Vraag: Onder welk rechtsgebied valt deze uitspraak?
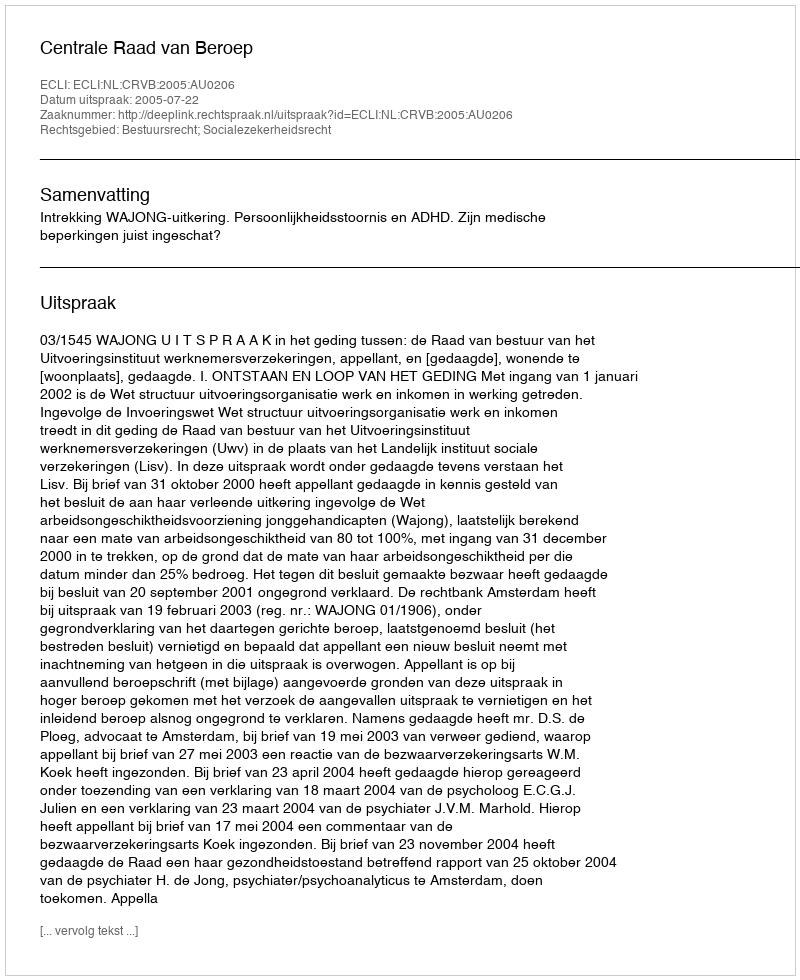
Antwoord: Bestuursrecht; Socialezekerheidsrecht